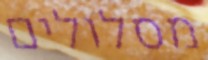
מסלולים